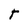
Character: T